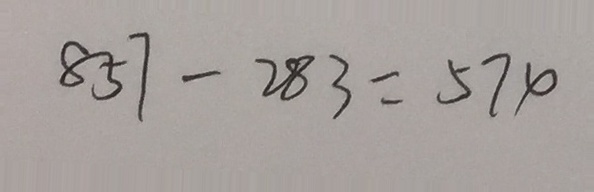
8 5 7 - 2 8 3 = 5 7 4